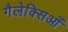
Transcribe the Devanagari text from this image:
गैलेक्सिआँ